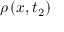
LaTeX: \rho \left( x , t _ { 2 } \right)